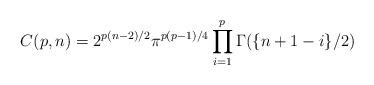
LaTeX: \begin{align*} C(p,n)=2^{p(n-2)/2}\pi^{p(p-1)/4}\prod_{i=1}^p\Gamma(\{n+1-i\}/2)\end{align*}